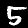
Digit: 5